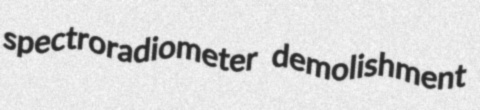
spectroradiometer demolishment